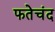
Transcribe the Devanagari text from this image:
फतेचंद